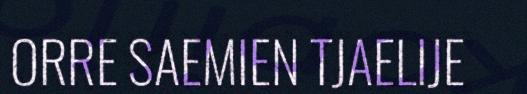
ORRE SAEMIEN TJAELIJE